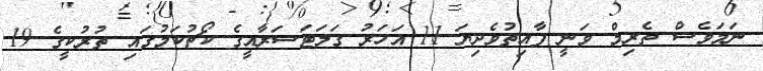
ނަމަވެސް ތެރިމް ވަނީ ފާއިތުވެދިޔަ 11 އަހަރު ގަލަޓަސަރާއީގެ ކޯޗުކަމުގައި ތުރުކީގެ 19